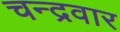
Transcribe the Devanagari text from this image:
चन्द्रवार